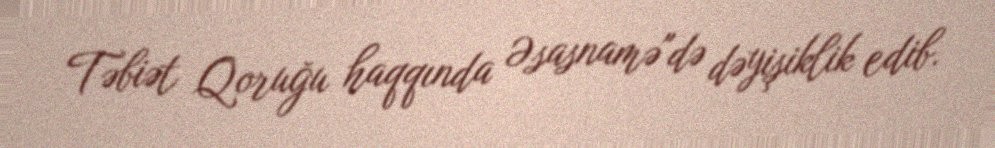
Təbiət Qoruğu haqqında Əsasnamə"də dəyişiklik edib.